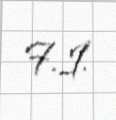
F.İ.